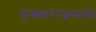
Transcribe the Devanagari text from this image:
संस्काररत्नमाला